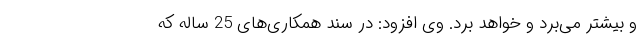
و بیشتر می‌برد و خواهد برد. وی افزود: در سند همکاری‌های 25 ساله که